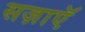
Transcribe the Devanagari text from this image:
सज़ाएॅ